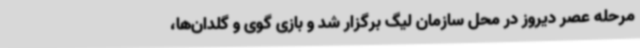
مرحله عصر دیروز در محل سازمان لیگ برگزار شد و بازی گوی و گلدان‌ها،